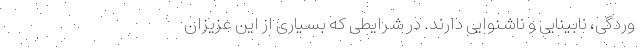
وردگی، نابینایی و ناشنوایی دارند. در شرایطی که بسیاری از این عزیزان